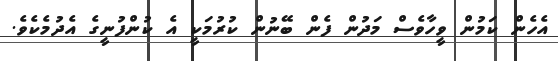
އެހެން ކަމުން ވީހާވެސް މަދުން ފެން ބޭނުން ކުރުމަކީ އެ ކުންފުނީގެ އެދުމެކެވެ.